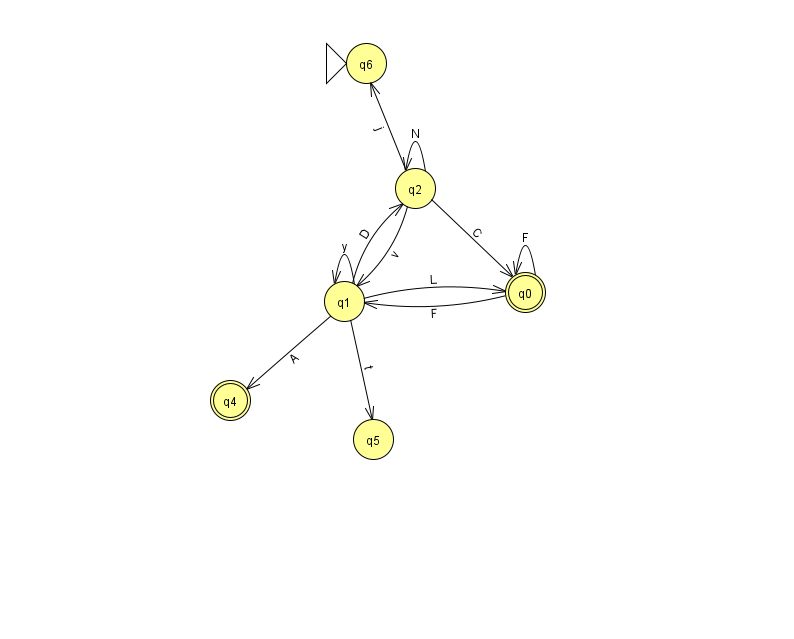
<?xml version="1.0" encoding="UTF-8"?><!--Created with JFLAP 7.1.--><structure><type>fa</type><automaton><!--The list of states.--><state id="0" name="q0"><x>525.0</x><y>279.0</y><final/></state><state id="1" name="q1"><x>344.0</x><y>288.0</y></state><state id="2" name="q2"><x>415.0</x><y>175.0</y></state><state id="4" name="q4"><x>230.0</x><y>387.0</y><final/></state><state id="5" name="q5"><x>373.0</x><y>426.0</y></state><state id="6" name="q6"><x>366.0</x><y>50.0</y><initial/></state><!--The list of transitions.--><transition><from>1</from><to>0</to><read>L</read></transition><transition><from>2</from><to>0</to><read>C</read></transition><transition><from>0</from><to>0</to><read>F</read></transition><transition><from>2</from><to>1</to><read>v</read></transition><transition><from>1</from><to>1</to><read>y</read></transition><transition><from>1</from><to>5</to><read>t</read></transition><transition><from>1</from><to>2</to><read>D</read></transition><transition><from>1</from><to>4</to><read>A</read></transition><transition><from>2</from><to>6</to><read>j</read></transition><transition><from>0</from><to>1</to><read>F</read></transition><transition><from>2</from><to>2</to><read>N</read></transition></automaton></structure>